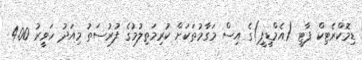
ޑިމޮކްރެޓިކް ޕާޓީ (އެމްޑީޕީ)ގެ އިސް މަގާމުތަކަށް ކުރިމަތިލުމުގެ ފުރުސަތު މިއަދު ހަވީރު 4.00